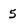
Character: 5